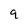
Character: 9